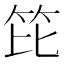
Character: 笓